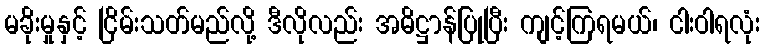
မခိုးမှုနှင့် ငြိမ်းသတ်မည်လို့ ဒီလိုလည်း အဓိဋ္ဌာန်ပြုပြီး ကျင့်ကြရမယ်၊ ငါးဝါရလုံး